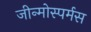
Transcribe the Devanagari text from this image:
जीन्मोस्पर्मस